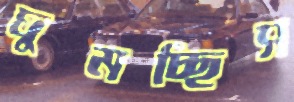
ঘুমচ্ছিস